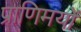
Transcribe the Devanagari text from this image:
प्राणिमयों